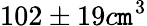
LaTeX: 102\pm19c\mathtt{m}^{3}